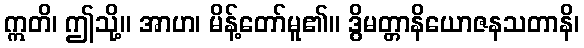
ဣတိ၊ ဤသို့။ အာဟ၊ မိန့်တော်မူ၏။ ဒွိမတ္တာနိယောဇနသတာနိ၊